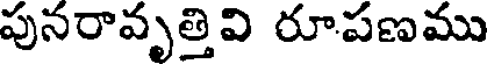
పునరావృత్తివి రూపణము